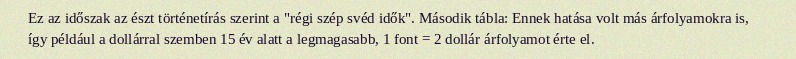
Ez az időszak az észt történetírás szerint a "régi szép svéd idők". Második tábla: Ennek hatása volt más árfolyamokra is, így például a dollárral szemben 15 év alatt a legmagasabb, 1 font = 2 dollár árfolyamot érte el.